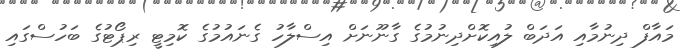
މައާފް ދިނުމާއި އަދަބް ލުއިކޮށްދިނުމުގެ ގާނޫނަށް އިސްލާހު ގެނައުމުގެ ކޮމިޓީ ރިޕޯޓުގެ ބަހުސްގައި